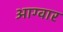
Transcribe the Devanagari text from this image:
आग्वार